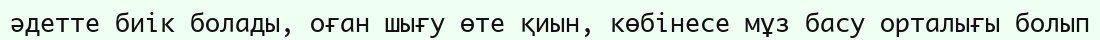
әдетте биік болады, оған шығу өте қиын, көбінесе мұз басу орталығы болып